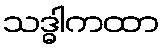
သဒ္ဓါကထာ